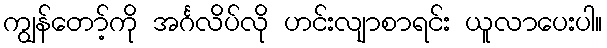
ကျွန်တော့်ကို အင်္ဂလိပ်လို ဟင်းလျာစာရင်း ယူလာပေးပါ။